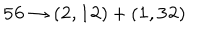
{ \bf 5 6 } \to ( { \bf 2 } , { \bf 1 2 } ) + ( { \bf 1 } , { \bf 3 2 } )